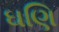
ઘણિ